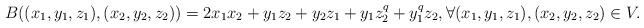
LaTeX: \begin{align*}B((x_1,y_1,z_1),(x_2,y_2,z_2))= 2x_1x_2+y_1z_2+y_2z_1+y_1z_2^q+y_1^qz_2, \forall (x_1,y_1,z_1), (x_2,y_2,z_2)\in V. \end{align*}